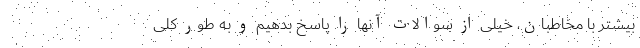
بیشتر با مخاطبان، خیلی از سوالات آنها را پاسخ بدهیم و به طور کلی